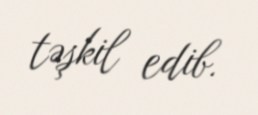
təşkil edib.